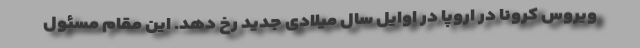
ویروس کرونا در اروپا در اوایل سال میلادی جدید رخ دهد. این مقام مسئول